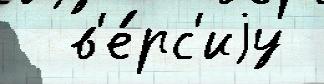
  в'е́рс'иjу